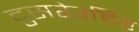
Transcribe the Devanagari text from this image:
दुसरेउद्दिष्ट